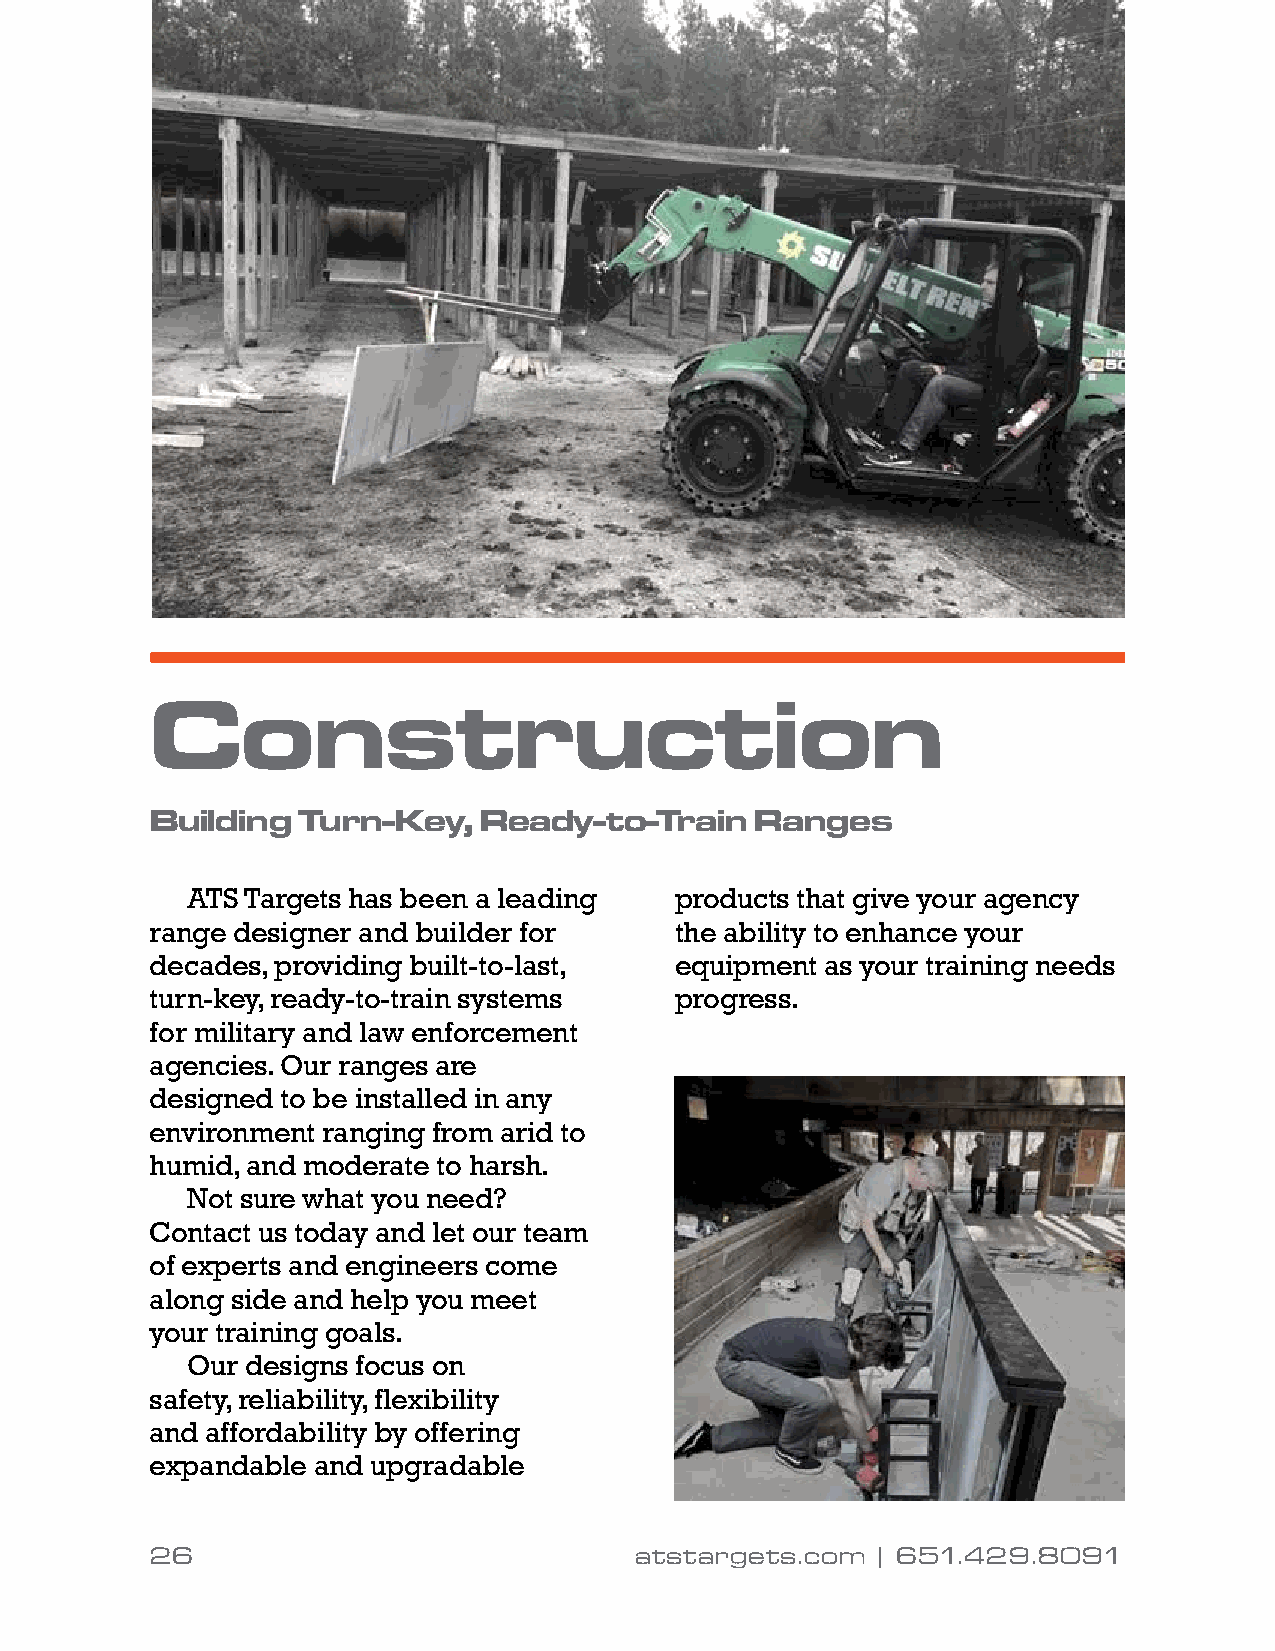
Construction
 Building  Turn-Key,   Ready-to-Train    Ranges
 ATS Targets has been a leading   products that give your agency
 range designer and builder for     the ability to enhance your
 decades, providing built-to-last,  equipment as your training needs
 turn-key, ready-to-train systems   progress.
 for military and law enforcement
 agencies. Our ranges are
 designed to be installed in any
 environment ranging from arid to
 humid, and moderate to harsh.
 Not sure what you need?
 Contact us today and let our team
 of experts and engineers come
 along side and help you meet
 your training goals.
 Our designs focus on
 safety, reliability, flexibility
 and affordability by offering
 expandable and upgradable
 26                              atstargets.com  | 651.429.8091